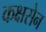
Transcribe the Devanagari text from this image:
कक्षसेन